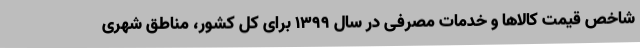
شاخص قیمت کالاها و خدمات مصرفی در سال ١٣٩٩ برای کل کشور، مناطق شهری